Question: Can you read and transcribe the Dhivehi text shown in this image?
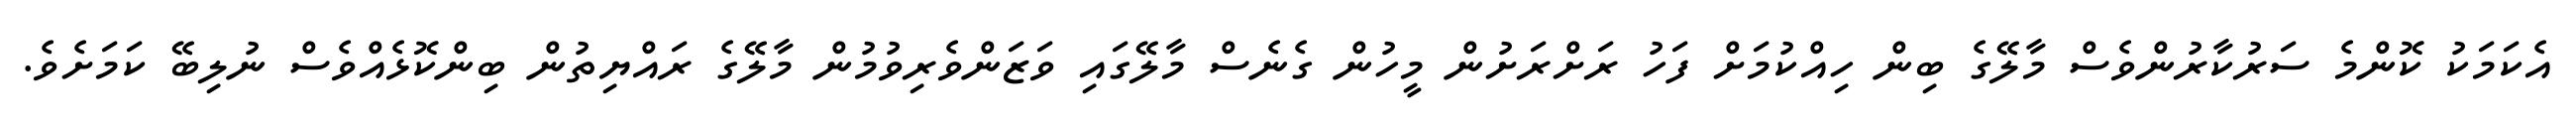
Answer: އެކަމަކު ކޮންމެ ސަރުކާރުންވެސް މާލޭގެ ބިން ހިއްކުމަށް ފަހު ރަށްރަށުން މީހުން ގެނެސް މާލޭގައި ވަޒަންވެރިވުމުން މާލޭގެ ރައްޔިތުން ބިންކޮޅެއްވެސް ނުލިބޭ ކަމަށެވެ.